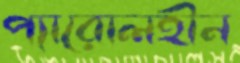
প্যারোলহীন